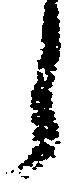
う